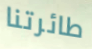
طائرتنا